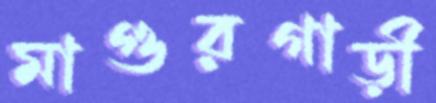
মাগুরগাড়ী